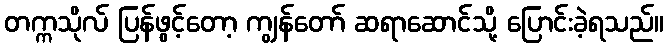
တက္ကသိုလ် ပြန်ဖွင့်တော့ ကျွန်တော် ဆရာဆောင်သို့ ပြောင်းခဲ့ရသည်။